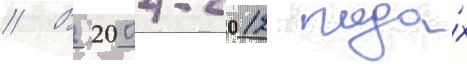
// В 2004-2012 года́х